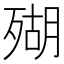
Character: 𱥒